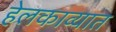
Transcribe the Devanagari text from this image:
हेलकाव्यात